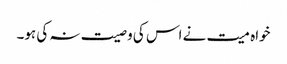
خواہ میت نے اس کی وصیت نہ کی ہو۔